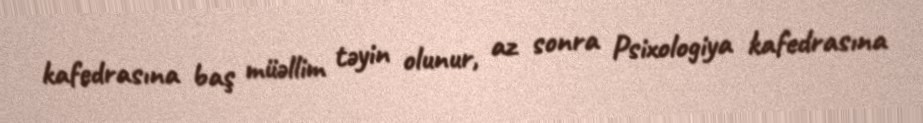
kafedrasına baş müəllim təyin olunur, az sonra Psixologiya kafedrasına